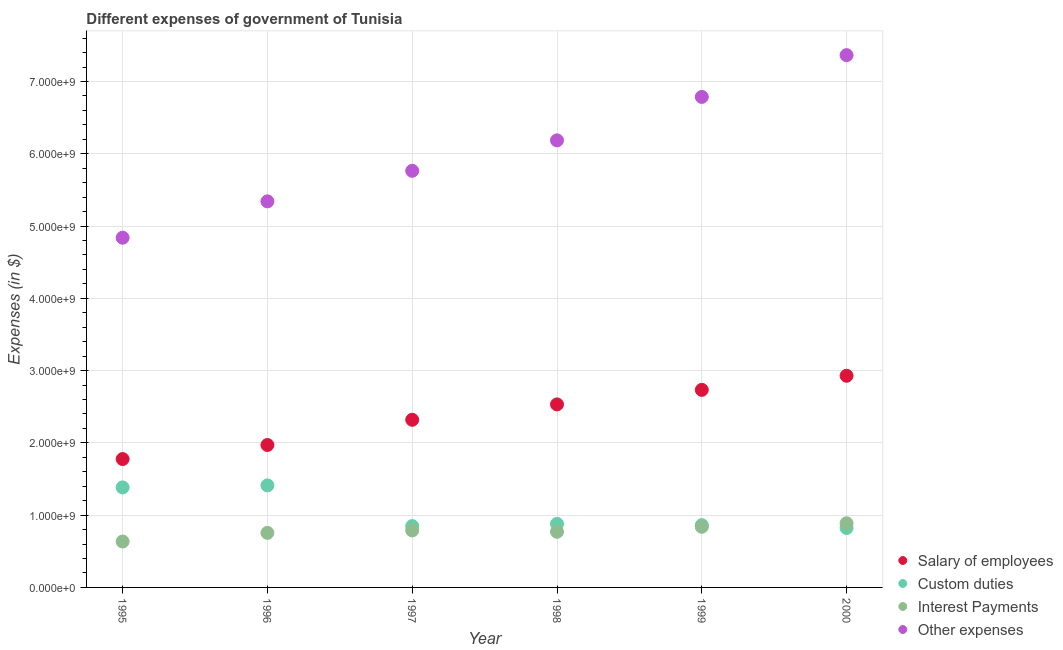
| Year | Salary of employees | Custom duties | Interest Payments | Other expenses |
 | --- | --- | --- | --- | --- |
 | 1995 | 1.78e+09 | 1.38e+09 | 6.35e+08 | 4.84e+09 |
 | 1996 | 1.97e+09 | 1.41e+09 | 7.55e+08 | 5.34e+09 |
 | 1997 | 2.32e+09 | 8.49e+08 | 7.89e+08 | 5.76e+09 |
 | 1998 | 2.53e+09 | 8.79e+08 | 7.7e+08 | 6.19e+09 |
 | 1999 | 2.73e+09 | 8.62e+08 | 8.38e+08 | 6.79e+09 |
 | 2000 | 2.93e+09 | 8.22e+08 | 8.88e+08 | 7.36e+09 |